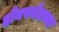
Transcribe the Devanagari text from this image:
दोनपर्यंतच्या